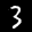
Label: 3